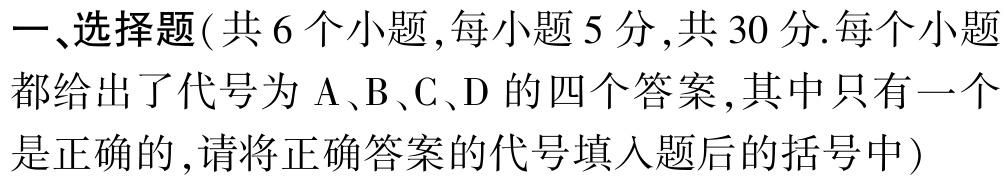
一、选择题(共 6 个小题,每小题 5 分,共 30 分.每个小题都给出了代号为 A、B、C、D 的四个答案,其中只有一个是正确的,请将正确答案的代号填入题后的括号中)